Report on sanitation, dispensaries, and jails in Rajputana for 1918, and on vaccination for the year 1918-1919 - 1918-1919
Year: 1918
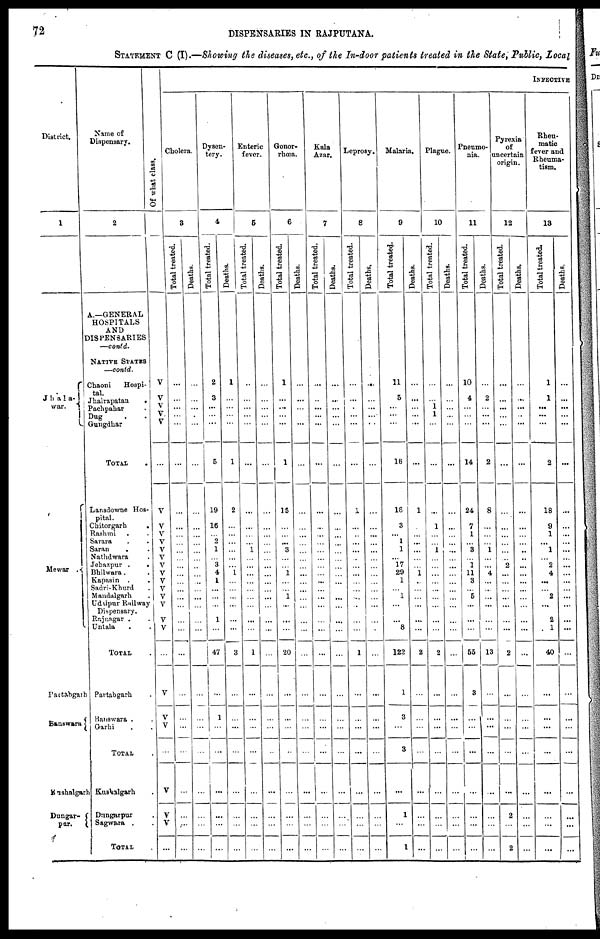
72
DISPENSARIES IN RAJPUTANA.
STATEMENT C (I).—Showing the diseases, etc., of the In-door patients treated in the State, Public, Local
District.
1
Jhala-
war.
Mewar .
Partabgarh
Banswara
Kushalgarh
Dungar¬
pur.
Name of
Dispensary.
2
A.—GENERAL
HOSPITALS
AND
DISPENSARIES
—contd.
NATIVE STATES
—contd.
Chaoni
Hospi-
tal.
Jhalrapatan
.
Pachpahar .
Dug . .
Gungdhar
TOTAL .
Lansdowne Hos-
pital.
Chitorgarh
.
Rashmi . .
Sarara . .
Saran . .
Nathdwara .
Jehazpur . .
Bhilwara . .
Kapasin . .
Sadri-Khurd .
Mandalgarh .
Udipur Railway
Dispensary.
Rajnagar . .
Untala . .
TOTAL .
Partabgarh .
Banswara . .
Garhi . .
TOTAL .
Kushalgarh .
Dungarpur .
Sagwara . .
TOTAL .
Of what class.
V
V
V
V
V
...
V
V
V
V
V
V
V
V
V
V V
V
V
V
...
V
V
V
...
V
V
V
...
INFECTIVE
Cholera.
3
Total treated.
...
...
...
...
...
...
...
...
...
...
...
...
...
...
...
...
...
...
...
...
...
...
...
...
...
...
...
...
...
Deaths.
...
...
...
...
...
...
...
...
...
...
...
...
...
...
...
...
...
...
...
...
...
...
...
...
...
...
...
...
...
Dysen-
tery.
4
Total treated.
2
3
...
...
...
5
19
16
...
2
1
...
3
4
1
...
...
...
1
...
47
...
1
...
...
...
...
...
...
Deaths.
1
...
...
...
...
1
2
...
...
...
...
...
...
1
...
...
...
...
...
...
3
...
...
...
...
...
...
...
...
Enteric
fever.
5
Total treated.
...
...
...
...
...
...
...
...
...
...
1
...
...
...
...
...
...
...
...
...
1
...
...
...
...
...
...
...
...
Deaths.
...
...
...
...
...
...
...
...
...
...
...
...
...
...
...
...
...
...
...
...
...
...
...
...
...
...
...
...
...
Gonor-
rhœa.
6
Total treated.
1
...
...
...
...
1
15
...
...
...
3
...
...
1
...
...
1
...
...
...
20
...
...
...
...
...
...
...
...
Deaths.
...
...
...
...
...
...
...
...
...
...
...
...
...
...
...
...
...
...
...
...
...
...
...
...
...
...
...
...
...
Kala
Azar.
7
Total treated.
...
...
...
...
...
...
...
...
...
...
...
...
...
...
...
...
...
...
...
...
...
...
...
...
...
...
...
...
...
Deaths.
...
...
...
...
...
...
...
...
...
...
...
...
...
...
...
...
...
...
...
...
...
...
...
...
...
...
...
...
...
Leprosy.
8
Total treated.
...
...
...
...
...
...
1
...
...
...
...
...
...
...
...
...
...
...
...
...
1
...
...
...
...
...
...
...
...
Deaths.
...
...
...
...
...
...
...
...
...
...
...
...
...
...
...
...
...
...
...
...
...
...
...
...
...
...
...
...
...
Malaria.
9
Total treated.
11
5
...
...
...
16
18
3
...
1
1
...
17
29
1
...
1
...
...
8
122
1
3
...
3
...
1
...
1
Deaths.
...
...
...
...
...
...
1
...
...
...
...
...
...
1
...
...
...
...
...
...
2
...
...
...
...
...
...
...
...
Plague.
10
Total treated.
...
...
1 1
...
...
...
1
...
...
...
...
...
...
...
...
...
...
...
...
2
...
...
...
...
...
...
...
...
Deaths.
...
...
...
...
...
...
...
...
...
...
...
...
...
...
...
...
...
...
...
...
...
...
...
...
...
...
...
...
...
Pneumo-
nia.
11
Total treated.
10
4
...
...
...
14
24
7
1
...
3
...
1
11
3 ...
5
...
...
...
55
3
...
...
...
...
...
...
...
Deaths.
...
2
...
...
...
2
8
...
...
...
1
...
...
4
...
...
...
...
...
...
13
...
...
...
...
...
...
...
...
Pyrexia
of
uncertain
origin.
12
Total treated.
...
...
...
...
...
...
...
...
...
...
...
...
2
...
...
...
...
...
...
...
2
...
...
...
...
...
2
...
2
Deaths.
...
...
...
...
...
...
...
...
...
...
...
...
...
...
...
...
...
...
...
...
...
...
...
...
...
...
...
...
...
Rheu-
matic
fever and
Rheuma-
tism.
13
Total treated.
1
1
...
...
...
2
18
9
1
...
1
...
2
4
...
...
2
...
2
1
40
...
...
...
...
...
...
...
...
Deaths.
...
...
...
...
...
...
...
...
...
...
...
...
...
...
...
...
...
...
...
...
...
...
...
...
...
...
...
...
...